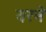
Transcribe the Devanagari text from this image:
वरने